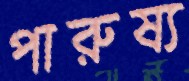
পারুষ্য